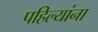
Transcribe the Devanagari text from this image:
पहिल्यांना